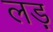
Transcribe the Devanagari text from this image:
लड़़